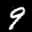
Label: 9